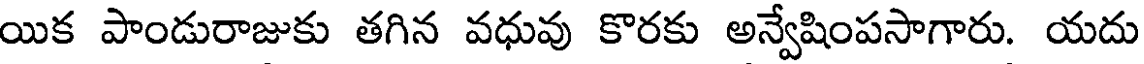
యిక పాండురాజుకు తగిన వధువు కొరకు అన్వేషింపసాగారు. యదు